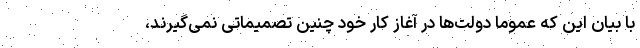
با بیان این که عموماً دولت‌ها در آغاز کار خود چنین تصمیماتی نمی‌گیرند،